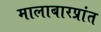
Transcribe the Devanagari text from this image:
मालाबारप्रांत